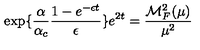
\exp \{ \frac { \alpha } { \alpha _ { c } } \frac { 1 - e ^ { - \epsilon t } } { \epsilon } \} e ^ { 2 t } = \frac { { \cal M } _ { F } ^ { 2 } ( \mu ) } { \mu ^ { 2 } }